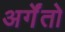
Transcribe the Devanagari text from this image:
अर्गेंतो